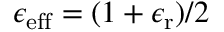
\epsilon _ { \mathrm { e f f } } = ( 1 + \epsilon _ { \mathrm { r } } ) / 2